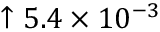
\uparrow 5 . 4 \times 1 0 ^ { - 3 }